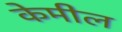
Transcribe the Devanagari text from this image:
केमील